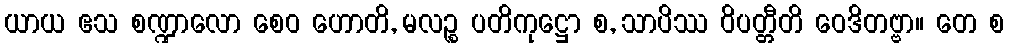
ယာယ ဧသ စဏ္ဍာလော စေဝ ဟောတိ, မလဉ္စ ပတိကုဋ္ဌော စ, သာပိဿ ဝိပတ္တီတိ ဝေဒိတဗ္ဗာ။ တေ စ